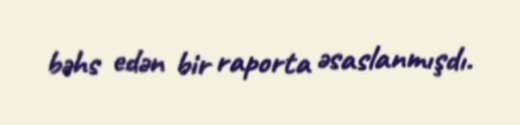
bəhs edən bir raporta əsaslanmışdı.